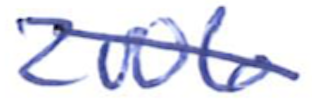
Text: 2006
Cross-out: diagonal
Writing tool: ballpoint